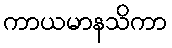
ကာယမာနသိကာ